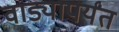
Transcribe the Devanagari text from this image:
वाड्यापर्यंत